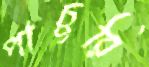
পাচুরি